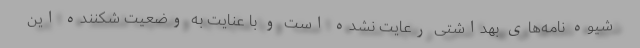
شیوه نامه‌های بهداشتی رعایت نشده است و با عنایت به وضعیت شکننده این